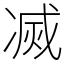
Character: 㓕